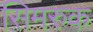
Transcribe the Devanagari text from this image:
सिमरुक